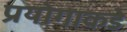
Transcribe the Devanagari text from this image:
प्रयोगाकडे